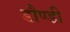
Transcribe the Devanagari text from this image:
डौण्डी